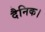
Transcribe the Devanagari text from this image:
दैनिक।